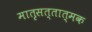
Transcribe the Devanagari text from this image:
मात़ृसत्तात्मक